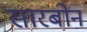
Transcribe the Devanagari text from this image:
सारबोन